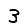
Digit: 3